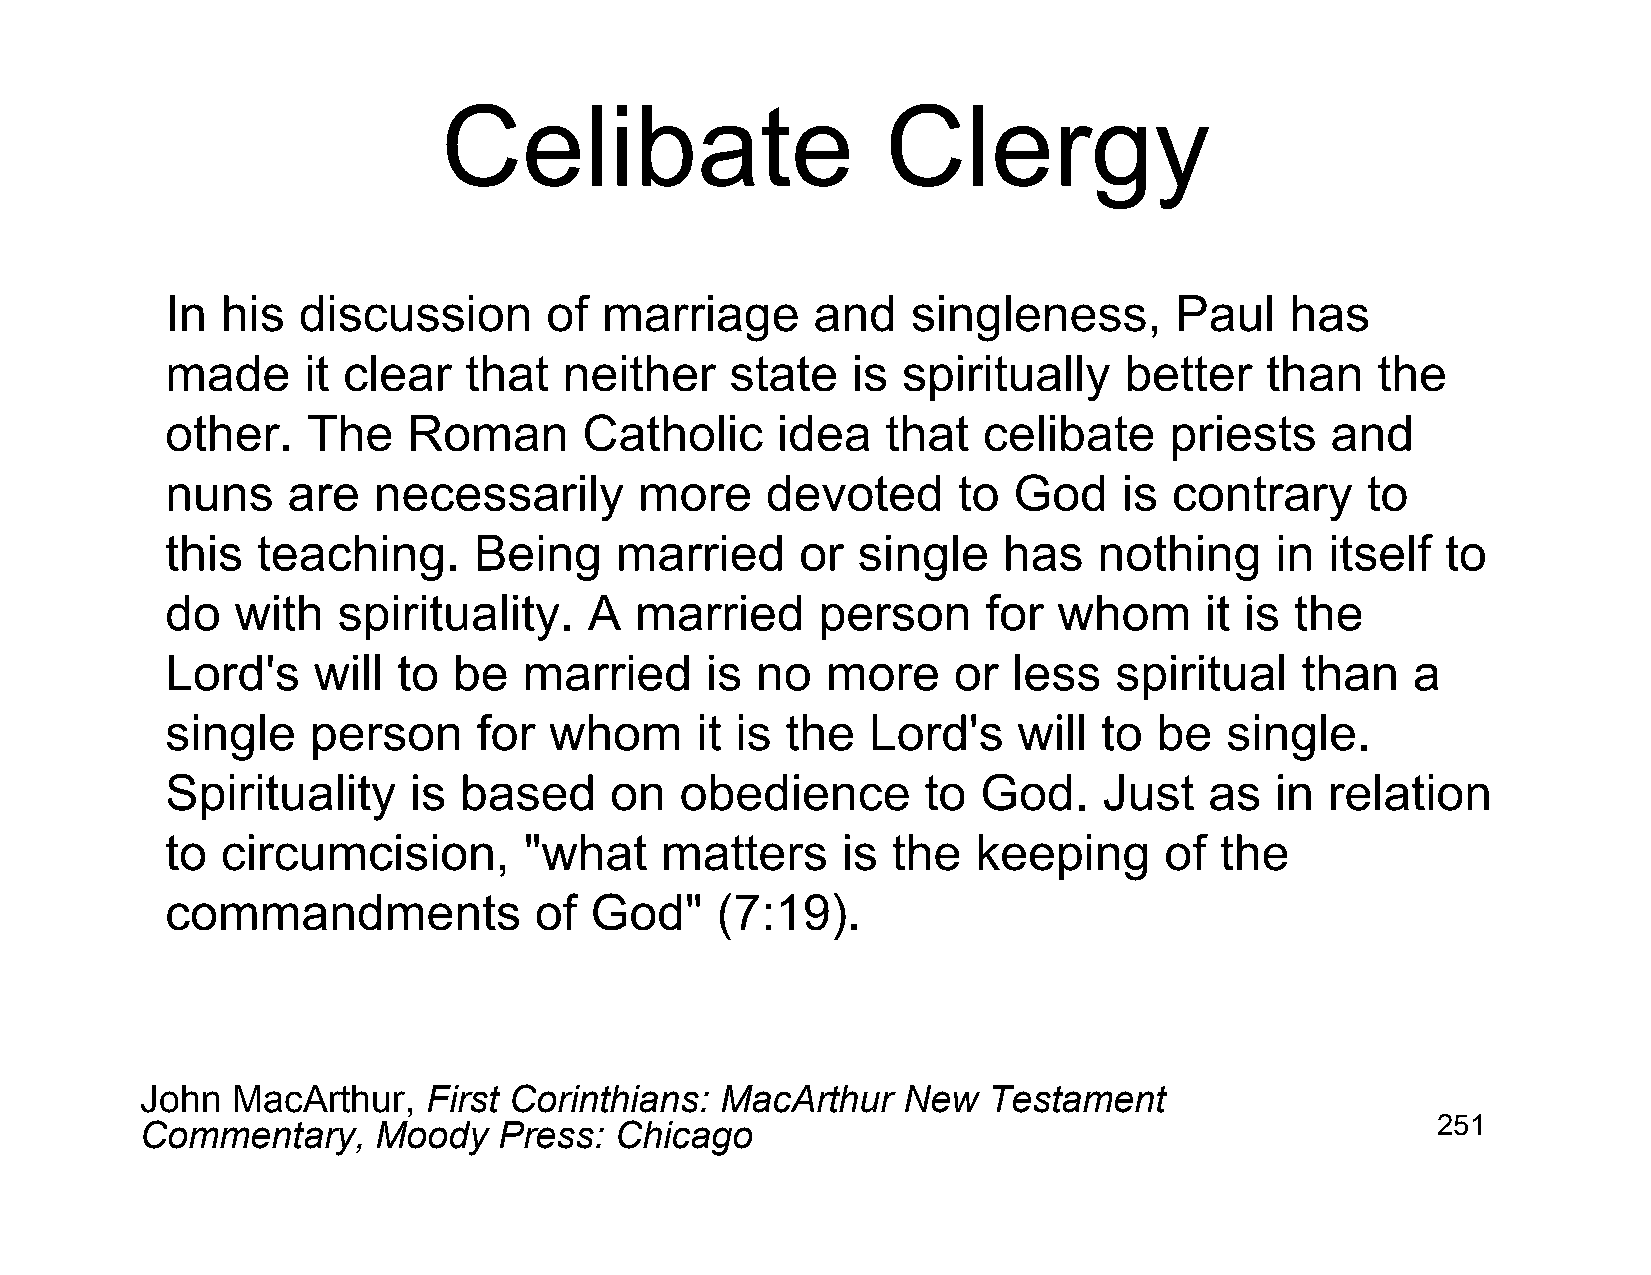
Celibate                      Clergy
 In  his  discussion      of  marriage      and   singleness,       Paul   has
 made     it clear   that  neither    state   is  spiritually   better    than   the
 other.   The    Roman       Catholic    idea    that  celibate    priests    and
 nuns    are   necessarily      more     devoted     to  God    is  contrary    to
 this  teaching.     Being     married     or  single   has    nothing    in  itself  to
 do   with  spirituality.    A  married     person     for  whom      it is the
 Lord's    will to  be   married     is no   more    or  less   spiritual   than   a
 single    person     for whom      it is the  Lord's    will  to  be  single.
 Spirituality    is based     on   obedience       to  God.    Just   as  in  relation
 to  circumcision,       "what    matters     is the   keeping     of  the
 commandments            of  God"    (7:19).
 John  MacArthur,   First Corinthians:  MacArthur   New  Testament
 Commentary,     Moody   Press:  Chicago                                               251